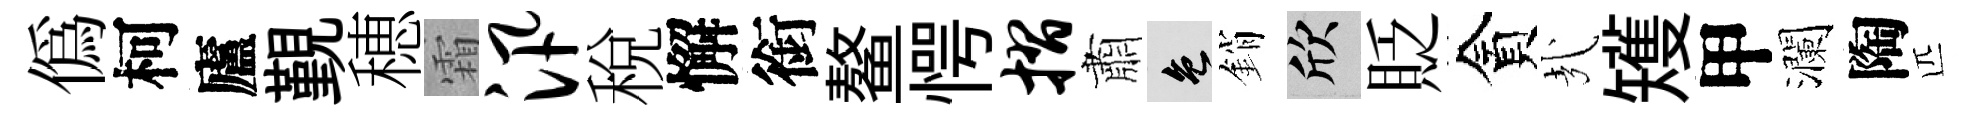
偽柯廬覲穂霜汛稅懈銜鳌愕摺肅色銷欣貶貪㢤矱甲瀾陶匹